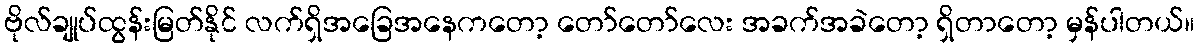
ဗိုလ်ချုပ်ထွန်းမြတ်နိုင် လက်ရှိအခြေအနေကတော့ တော်တော်လေး အခက်အခဲတော့ ရှိတာတော့ မှန်ပါတယ်။